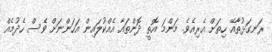
ރަނގަޅުތާއޭ ހިތަށް އެރިއެވެ. މަންމަ އޮތީ ދޮންތައާ އެއްކުލައިން އަހަންނަށް ވެސް ހެދުމެއް